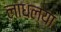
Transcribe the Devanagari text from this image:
लाधल्या